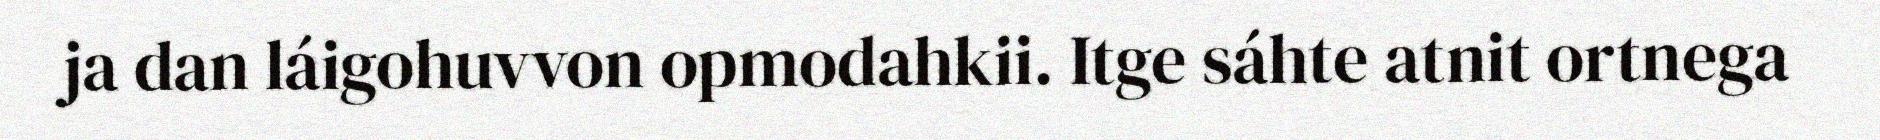
ja dan láigohuvvon opmodahkii. Itge sáhte atnit ortnega